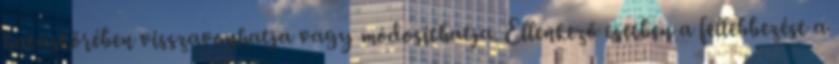
hatáskörében visszavonhatja vagy módosíthatja. Ellenkező esetben a fellebbezést a